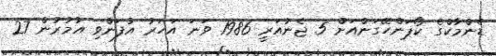
ޑެންމާކްގެ ކޯޕަންހޭގަންއަށް 5 ޖެނުއަރީ 1986 ވަނަ އަހަރު އުފަންވި އުމުރުން 27